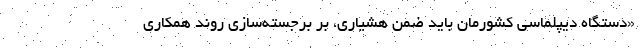
«دستگاه دیپلماسی کشورمان باید ضمن هشیاری، بر برجسته‌سازی روند همکاری